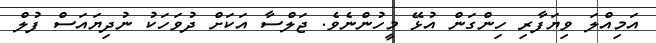
އަމިއްލަ ވިޔަފާރި ހިންގަން އުޅޭ މީހުންނެވެ. ޖަލްސާ އަކަށް ދުވަހަކު ނުދިޔައަސް ފުލް